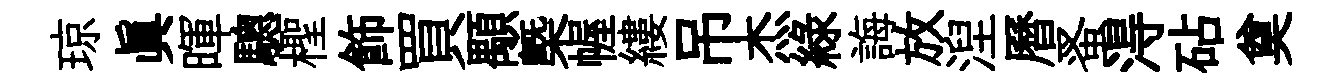
琼真暉驄檉飾買顒㮣幄縷吊杰綠誨放湼曆蚤淂砧奠